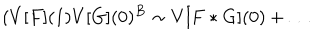
LaTeX: ( V [ F ] ( 1 ) V [ G ] ( 0 ) ^ { B } \sim V [ F * G ] ( 0 ) + \dots